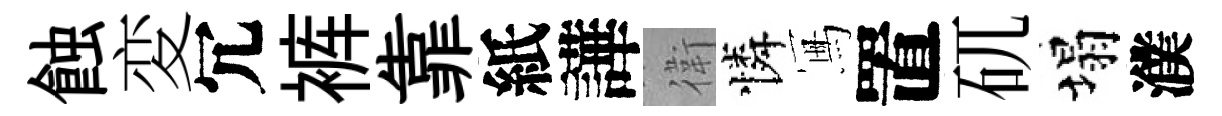
蝕変冗裤靠紙譁衛憐冩置矹塌濮